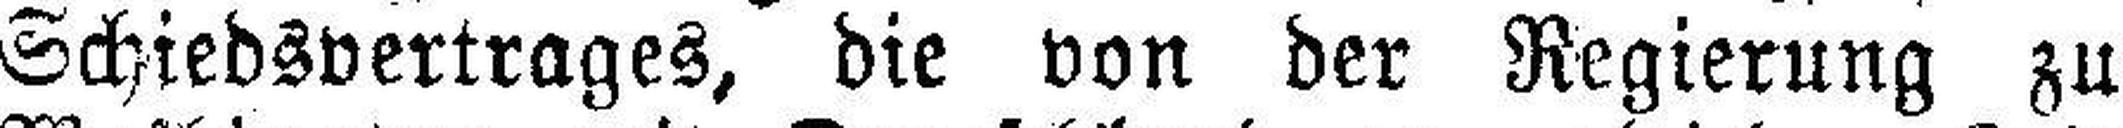
Schiedsvertrages, die von der Regierung zu